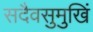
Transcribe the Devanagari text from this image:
सदैवसुमुखिं